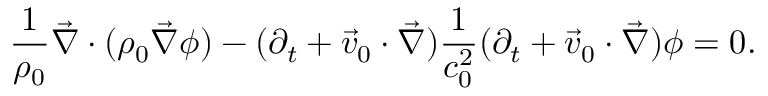
\frac { 1 } { \rho _ { 0 } } \vec { \nabla } \cdot ( \rho _ { 0 } \vec { \nabla } \phi ) - ( \partial _ { t } + \vec { v } _ { 0 } \cdot \vec { \nabla } ) \frac { 1 } { c _ { 0 } ^ { 2 } } ( \partial _ { t } + \vec { v } _ { 0 } \cdot \vec { \nabla } ) \phi = 0 .